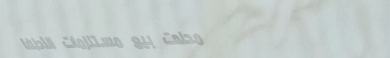
محلات بيع مستلزمات الأطفا